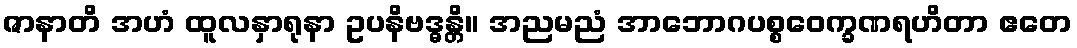
ဇာနာတိ အဟံ ထူလနှာရုနာ ဥပနိဗဒ္ဓန္တိ။ အညမညံ အာဘောဂပစ္စဝေက္ခဏရဟိတာ ဧတေ